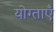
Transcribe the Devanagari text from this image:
योग्ताएँ